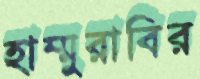
হাম্মুরাবির